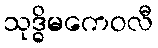
သုဒ္ဓိမကေဝလီ